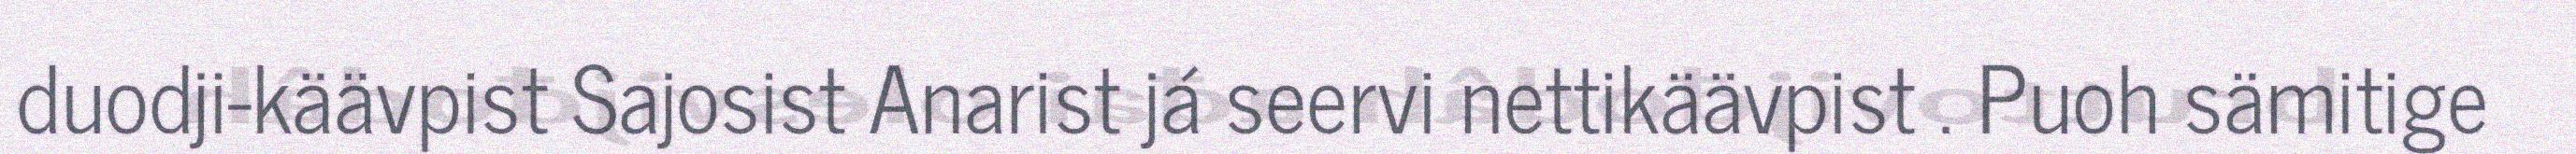
duodji-käävpist Sajosist Anarist já seervi nettikäävpist . Puoh sämitige